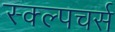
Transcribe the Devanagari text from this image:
स्क्ल्पचर्स